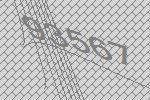
93567